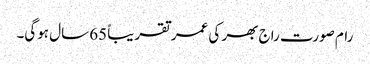
رام صورت راج بھر کی عمر تقریباً 65 سال ہوگی۔